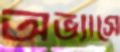
অভ্যাসে